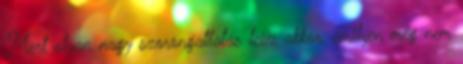
Mert olyan nagy szorongattatás lesz akkor, amilyen még nem